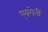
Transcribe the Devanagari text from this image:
एवगेनी